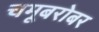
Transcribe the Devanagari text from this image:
चमूबरोबर